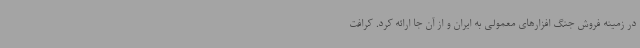
در زمینه فروش جنگ افزارهای معمولی به ایران و از آن جا ارائه کرد. کرافت